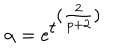
LaTeX: \alpha = e ^ { \textstyle t ^ { \textstyle ( \frac { 2 } { p + 2 } ) } }